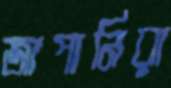
জাপানিরা